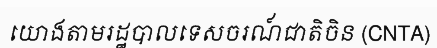
យោងតាមរដ្ឋបាលទេសចរណ៍ជាតិចិន (CNTA)